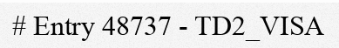
# Entry 48737 - TD2_VISA